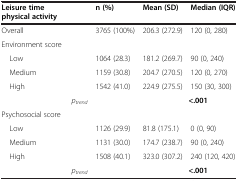
| Leisure time physical activity | n (%) | Mean (SD) | Median (IQR) |
 | --- | --- | --- | --- |
 | Overall | 3765 (100%) | 206.3 (272.9) | 120 (0, 280) |
 | Environment score |  |  |  |
 | Low | 1064 (28.3) | 181.2 (269.7) | 90 (0, 240) |
 | Medium | 1159 (30.8) | 204.7 (270.5) | 120 (0, 270) |
 | High | 1542 (41.0) | 224.9 (275.5) | 150 (30, 300) |
 | ptrend |  | <COLSPAN=2> <.001 |
 | Psychosocial score |  |  |  |
 | Low | 1126 (29.9) | 81.8 (175.1) | 0 (0, 90) |
 | Medium | 1131 (30.0) | 174.7 (238.7) | 90 (0, 240) |
 | High | 1508 (40.1) | 323.0 (307.2) | 240 (120, 420) |
 | ptrend |  | <COLSPAN=2> <.001 |